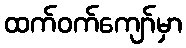
ထက်ဝက်ကျော်မှာ